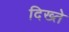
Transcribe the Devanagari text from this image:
दिख्ते